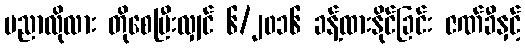
ပညာလိုလား တိုစေပြီးလျှင် ၆/၂၀၁၆ ခန့်ထားနိုင်ခြင်း ဇဏ်ခီနှင့်